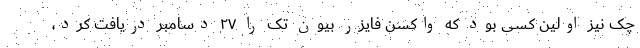
چک نیز اولین کسی بود که واکسن فایزر بیون تک را ۲۷ دسامبر دریافت کرد،